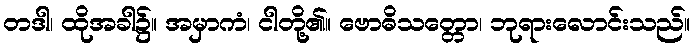
တဒါ၊ ထိုအခါ၌။ အမှာကံ၊ ငါတို့၏။ ဗောဓိသတ္တော၊ ဘုရားလောင်းသည်။